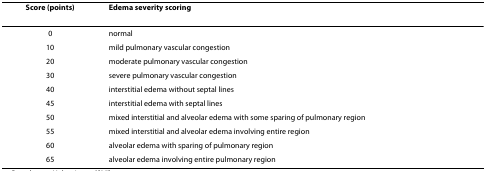
<table><thead><tr><td><b>Score (points)</b></td><td><b>Edema severity scoring</b></td></tr></thead><tbody><tr><td>0</td><td>normal</td></tr><tr><td>10</td><td>mild pulmonary vascular congestion</td></tr><tr><td>20</td><td>moderate pulmonary vascular congestion</td></tr><tr><td>30</td><td>severe pulmonary vascular congestion</td></tr><tr><td>40</td><td>interstitial edema without septal lines</td></tr><tr><td>45</td><td>interstitial edema with septal lines</td></tr><tr><td>50</td><td>mixed interstitial and alveolar edema with some sparing of pulmonary region</td></tr><tr><td>55</td><td>mixed interstitial and alveolar edema involving entire region</td></tr><tr><td>60</td><td>alveolar edema with sparing of pulmonary region</td></tr><tr><td>65</td><td>alveolar edema involving entire pulmonary region</td></tr></tbody></table>